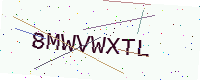
Text: 8MWVWXTL